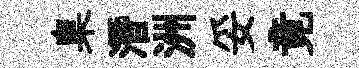
臬潛洲妥竟